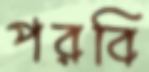
পরবি